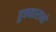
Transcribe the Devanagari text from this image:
हुक्मारानों